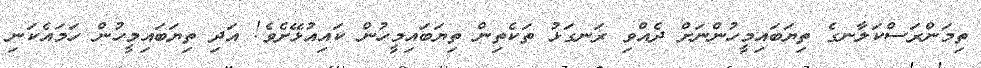
ތިމަންރަސްކަލާނގެ ތިޔަބައިމީހުންނަށް ދެއްވި ރަނގަޅު ތަކެތިން ތިޔަބައިމީހުން ކައިއުޅޭށެވެ! އަދި ތިޔަބައިމީހުން ހަމައެކަނި